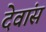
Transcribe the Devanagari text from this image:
देवांस